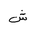
Letter: _shin